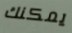
يمكنك